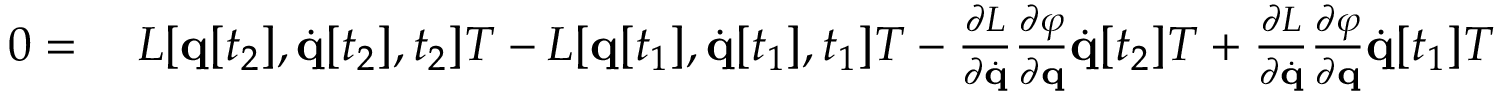
\begin{array} { r l } { 0 = { } } & { { } L [ \mathbf { q } [ t _ { 2 } ] , { \dot { \mathbf { q } } } [ t _ { 2 } ] , t _ { 2 } ] T - L [ \mathbf { q } [ t _ { 1 } ] , { \dot { \mathbf { q } } } [ t _ { 1 } ] , t _ { 1 } ] T - { \frac { \partial L } { \partial { \dot { \mathbf { q } } } } } { \frac { \partial \varphi } { \partial \mathbf { q } } } { \dot { \mathbf { q } } } [ t _ { 2 } ] T + { \frac { \partial L } { \partial { \dot { \mathbf { q } } } } } { \frac { \partial \varphi } { \partial \mathbf { q } } } { \dot { \mathbf { q } } } [ t _ { 1 } ] T } \end{array}